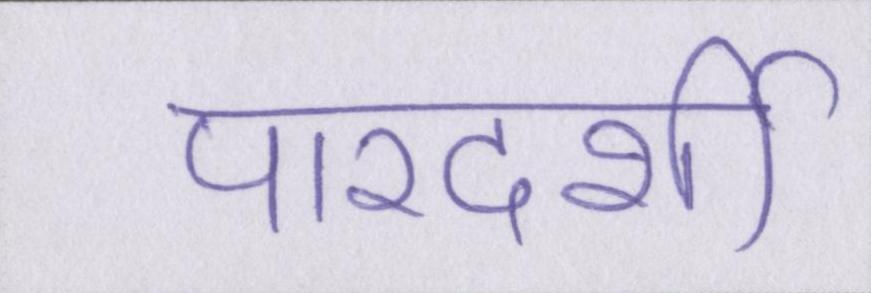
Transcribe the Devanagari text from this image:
पारदर्शी